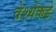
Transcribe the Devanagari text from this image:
वेश्येकडे